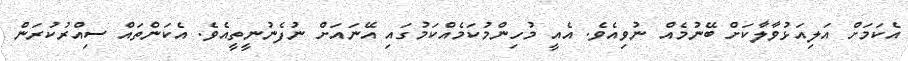
އެކަމަށް އަލިއަޅުވާލާކަށް ބޭނުމެއް ނުވިއެވެ. އެއީ މުހިންމުކަމެއްކަމުގައި އޭނައަށް ނުފެނުނީތީއެވެ. އެކަންތައް ސިއްރުކުރަން